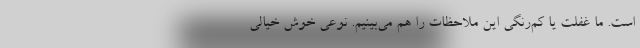
است. ما غفلت یا کم‌رنگی این ملاحظات را هم می‌بینیم. نوعی خوش خیالی